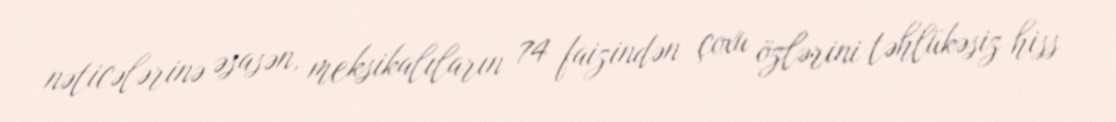
nəticələrinə əsasən, meksikalıların 74 faizindən çoxu özlərini təhlükəsiz hiss